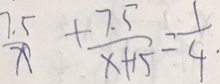
\frac { 7 . 5 } { x } + \frac { 7 . 5 } { x + 1 5 } = \frac { 1 } { 4 }